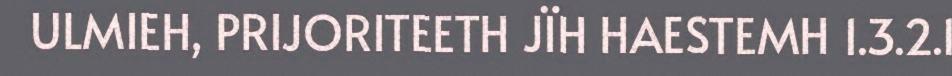
ULMIEH, PRIJORITEETH JÏH HAESTEMH 1.3.2.1